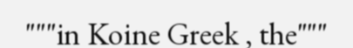
"""in Koine Greek , the"""